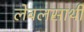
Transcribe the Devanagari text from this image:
लेबलसाथी